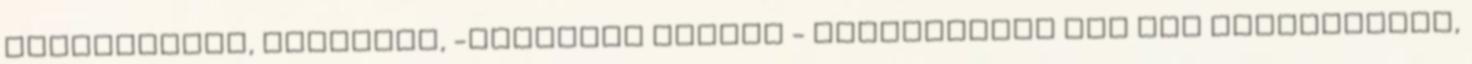
zöldségeket, tonhalat, -olajával együtt - ráfacsarunk egy kis citromlevet,